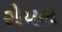
રોયલ